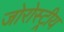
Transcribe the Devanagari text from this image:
जोरोस्ट्रीय